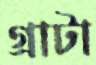
গ্রাটা